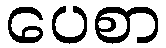
ပေစာ